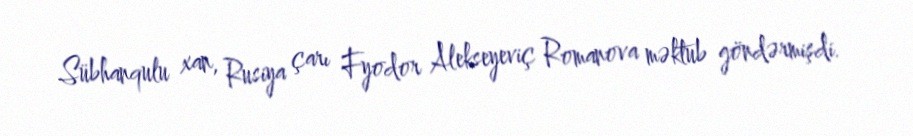
Sübhanqulu xan, Rusiya çarı Fyodor Alekseyeviç Romanova məktub göndərmişdi.